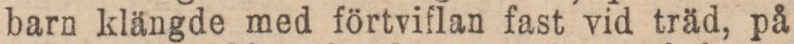
barn klängde med förtviflan fast vid träd, på